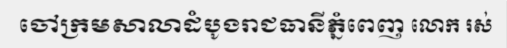
ចៅក្រមសាលាដំបូងរាជធានីភ្នំពេញ លោក រស់